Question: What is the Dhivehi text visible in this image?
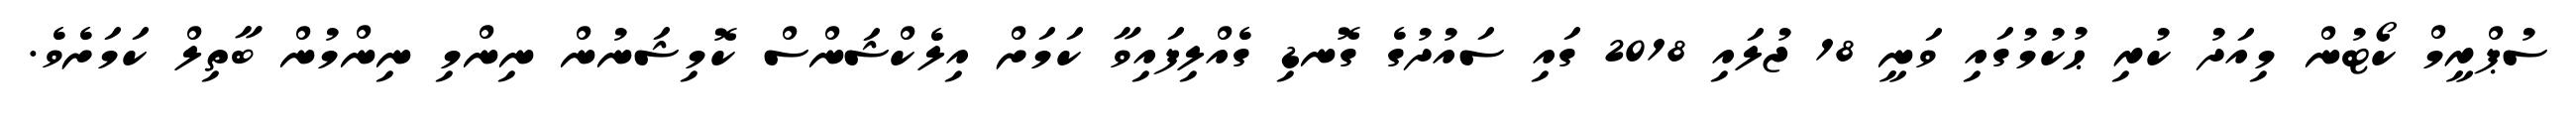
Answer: ސުޕްރީމް ކޯޓުން މިއަދު ކުރި ޙުކުމުގައި ވަނީ 18 ޖުލައި 2018 ގައި ސައުދުގެ ގޮނޑި ގެއްލިފައިވާ ކަމަށް އިލެކްޝަންސް ކޮމިޝަނުން ނިންމި ނިންމުން ބާތިލް ކަމަށެވެ.